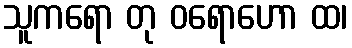
သူကရော တု ဝရောဟော ထ၊